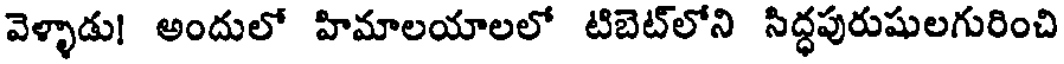
వెళ్ళాడు! అందులో హిమాలయాలలో టిబెట్లోని సిద్ధపురుషులగురించి